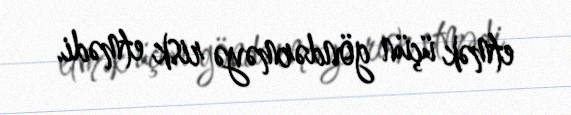
etmək üçün göndərməyə risk etmədi.